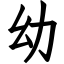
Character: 幼